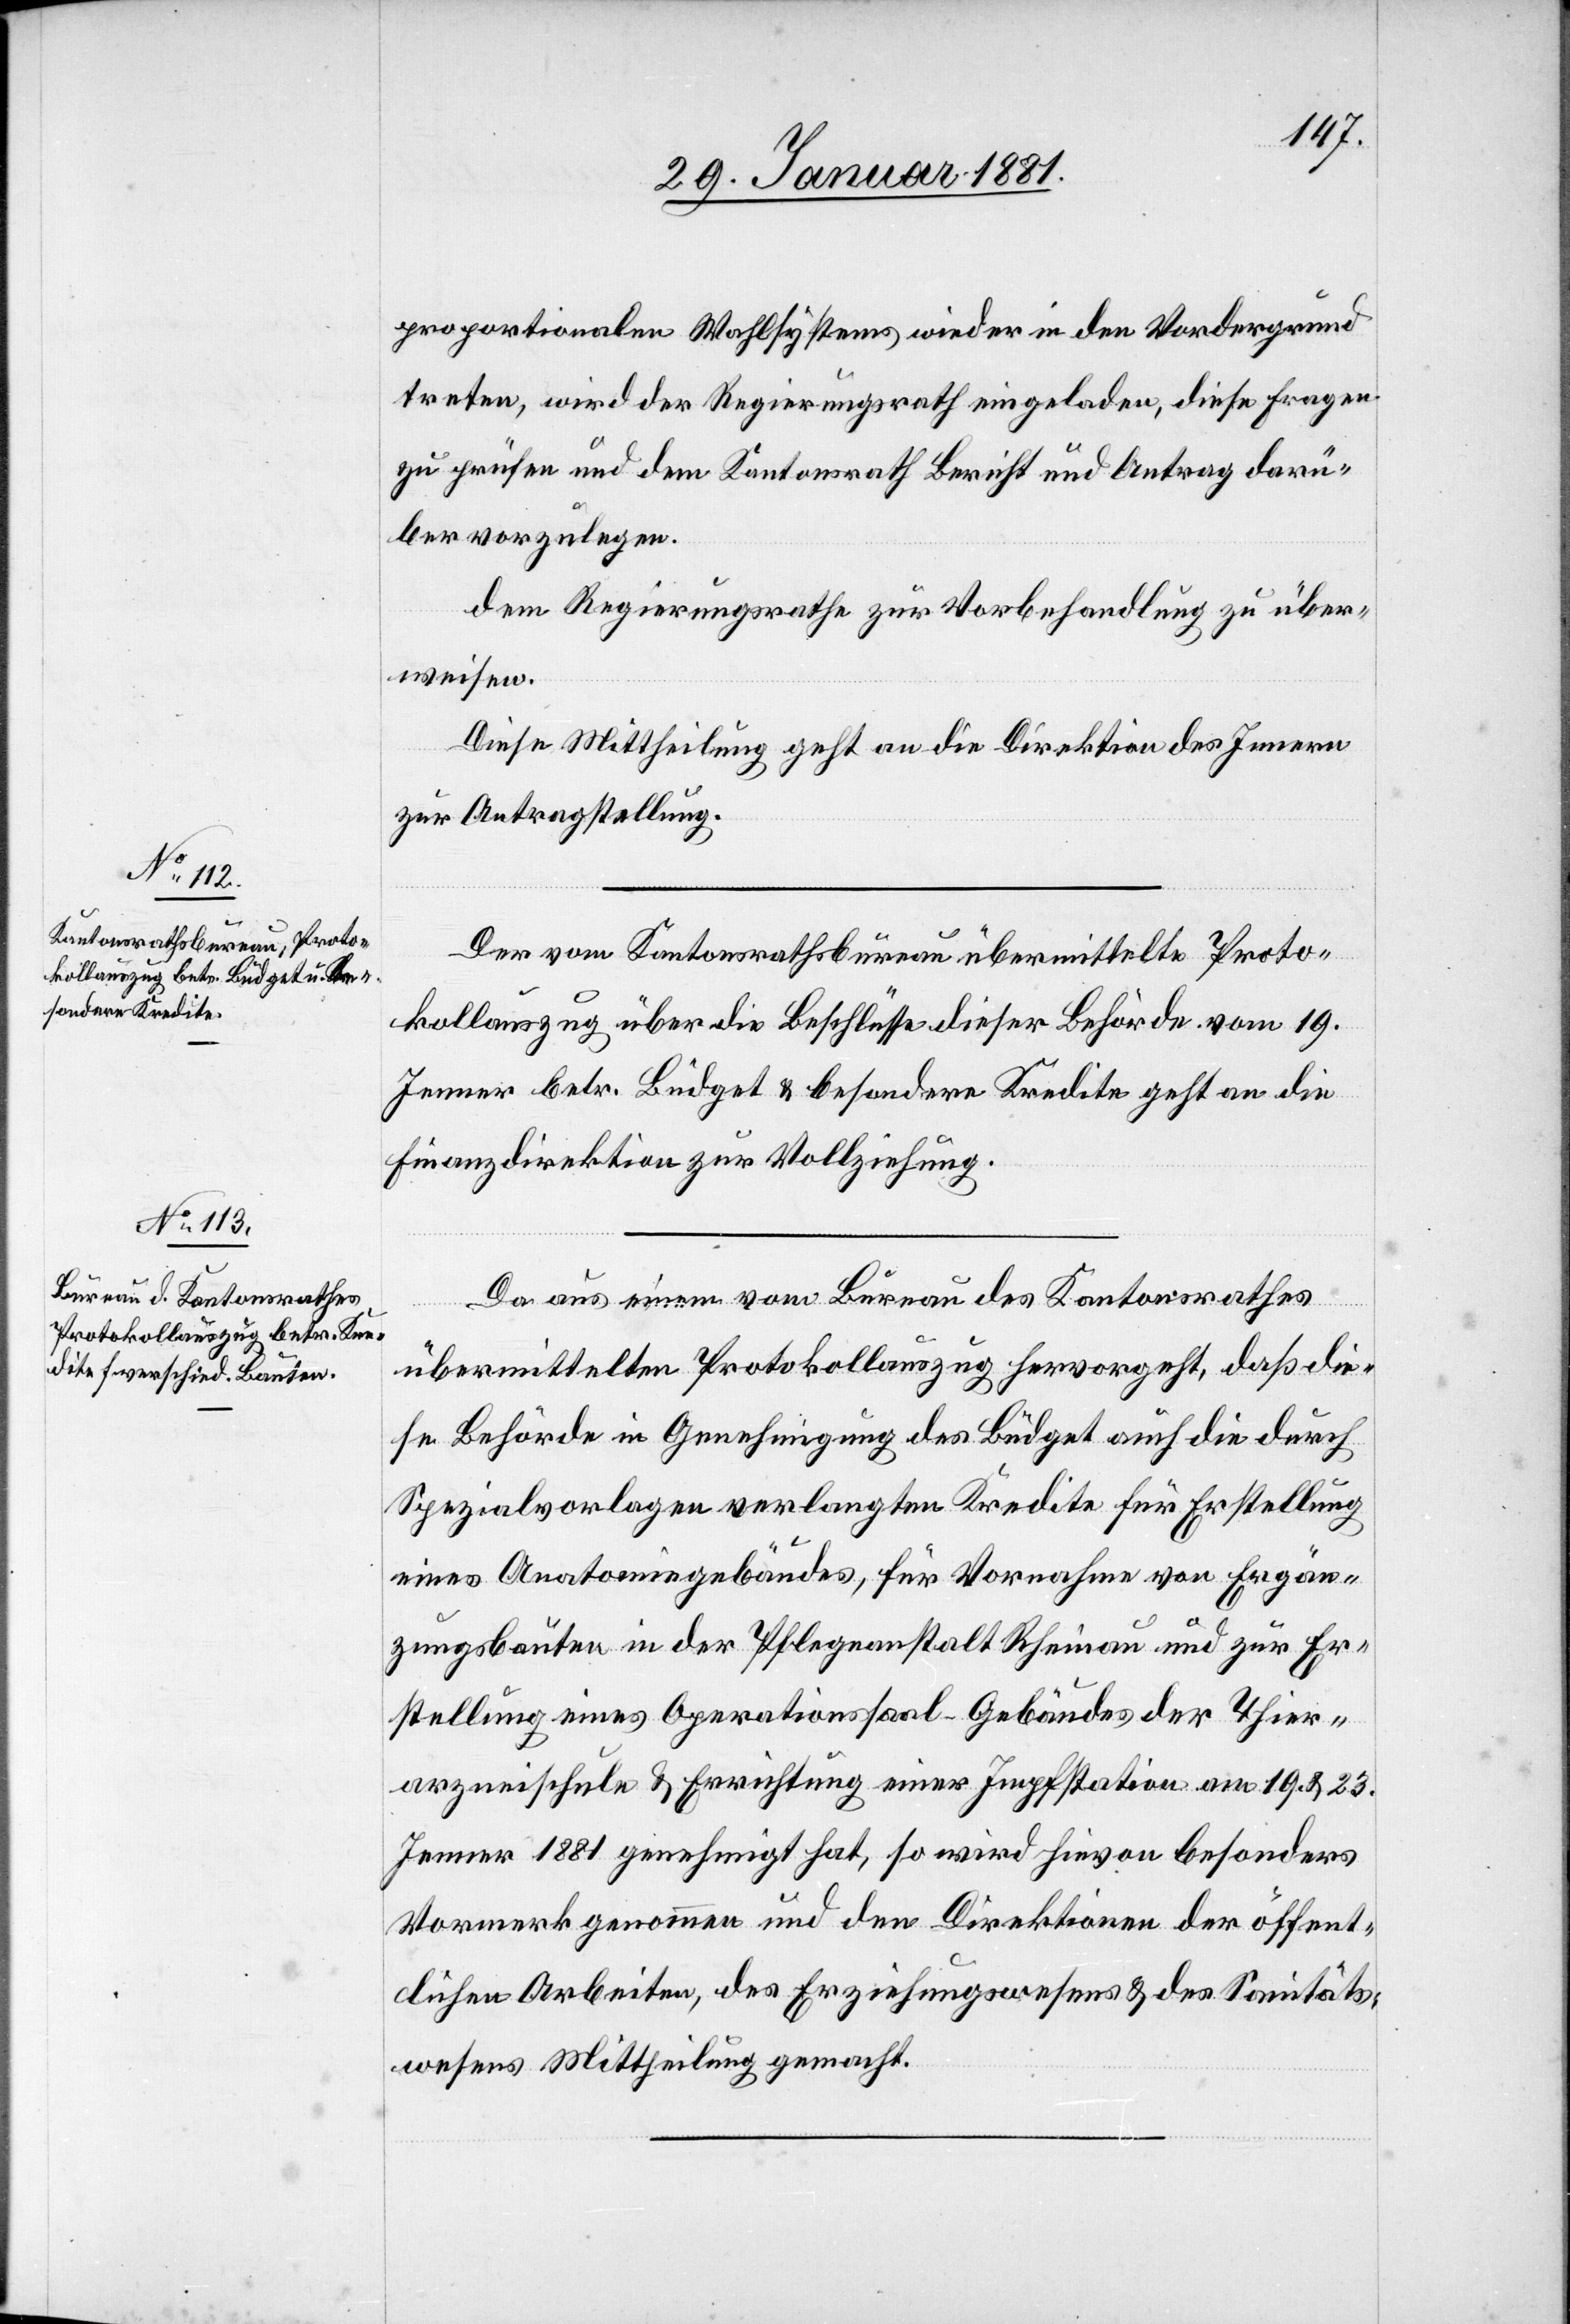
proportionalen Wahlsystems wieder in den Vordergrund
treten, wird der Regierungsrath eingeladen, diese Fragen
zu prüfen und dem Kantonsrath Bericht und Antrag darü¬
ber vorzulegen.
dem Regierungsrathe zur Vorbehandlung zu über¬
weisen.
Diese Mittheilung geht an die Direktion des Innern
zur Antragstellung.
Der vom Kantonsrathsbureau übermittelte Proto¬
kollauszug über die Beschlüsse dieser Behörde vom 19.
Jenner betr. Büdget & besondere Kredite geht an die
Finanzdirektion zur Vollziehung.
Da aus einem vom Bureau des Kantonsrathes
übermittelten Protokollauszug hervorgeht, daß die¬
se Behörde in Genehmigung des Büdget auch die durch
Spezialvorlagen verlangten Kredite für Erstellung
eines Anatomiegebäudes, für Vornahme von Ergän¬
zungsbauten in der Pflegeanstalt Rheinau und zur Er¬
stellung eines Operationssaal-Gebäudes der Thier¬
arzneischule & Errichtung einer Impfstation am 19. & 23.
Jenner 1881 genehmigt hat, so wird hievon besonders
Vormerk genommen und den Direktionen der öffent¬
lichen Arbeiten, des Erziehungswesens & des Sanitäts¬
wesens Mittheilung gemacht.